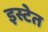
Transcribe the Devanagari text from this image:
इस्टेत